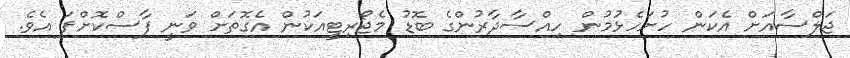
ޖަލްސާއަށް އެކަން ހުށަހެޅުމުން ހިއްސާދާރުންގެ ބޮޑު މެޖޯރިޓީއަކުން އެގޮތަށް ވަނީ ފާސްކޮށްފަ އެވެ.